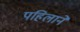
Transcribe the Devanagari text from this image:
पहिलाने